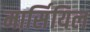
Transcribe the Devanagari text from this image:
मार्सियिल